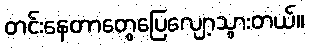
တင်းနေတာတွေပြေလျော့သွားတယ်။